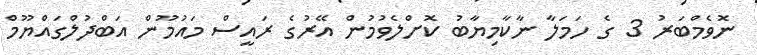
ނޮވެމްބަރު 3 ގެ ހަމަލާ ނާކާމިޔާބު ކޮށްލެވުމުން އޭރުގެ ރައީސް މައުމޫން އަބްދުލްގައްޔޫމް